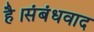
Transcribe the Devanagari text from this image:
है।संबंधवाद